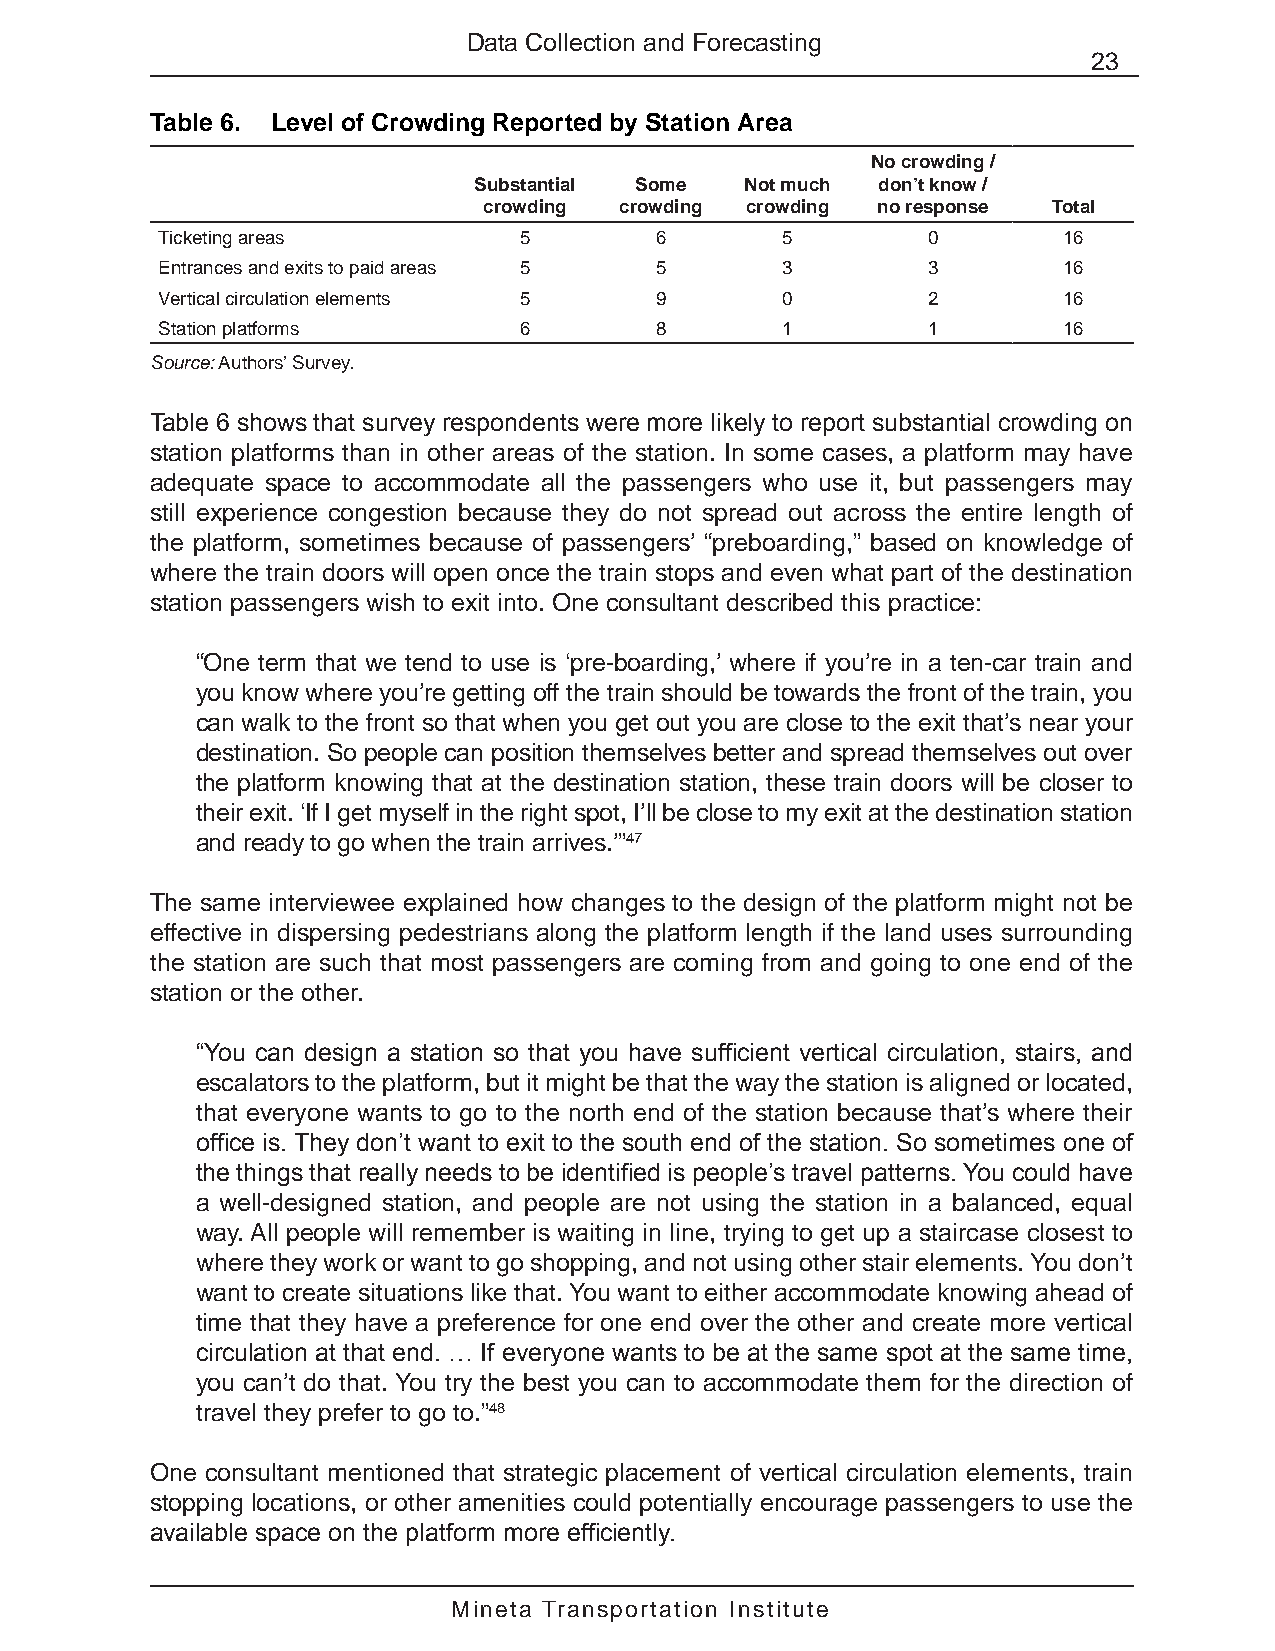
Data Collection and Forecasting
 23
 Table 6. Level of Crowding Reported by Station Area
 No crowding /
 Substantial Some  Not much don’t know /
 crowding crowding crowding no response Total
 Ticketing areas         5        6        5        0        16
 Entrances and exits to paid areas 5 5     3        3        16
 Vertical circulation elements 5  9        0        2        16
 Station platforms       6        8        1        1        16
 Source: Authors’ Survey.
 Table 6 shows that survey respondents were more likely to report substantial crowding on
 station platforms than in other areas of the station. In some cases, a platform may have
 adequate space to accommodate all the passengers who use it, but passengers may
 still experience congestion because they do not spread out across the entire length of
 the platform, sometimes because of passengers’ “preboarding,” based on knowledge of
 where the train doors will open once the train stops and even what part of the destination
 station passengers wish to exit into. One consultant described this practice:
 “One term that we tend to use is ‘pre-boarding,’ where if you’re in a ten-car train and
 you know where you’re getting off the train should be towards the front of the train, you
 can walk to the front so that when you get out you are close to the exit that’s near your
 destination. So people can position themselves better and spread themselves out over
 the platform knowing that at the destination station, these train doors will be closer to
 their exit. ‘If I get myself in the right spot, I’ll be close to my exit at the destination station
 and ready to go when the train arrives.’”47
 The same interviewee explained how changes to the design of the platform might not be
 effective in dispersing pedestrians along the platform length if the land uses surrounding
 the station are such that most passengers are coming from and going to one end of the
 station or the other.
 “You can design a station so that you have sufficient vertical circulation, stairs, and
 escalators to the platform, but it might be that the way the station is aligned or located,
 that everyone wants to go to the north end of the station because that’s where their
 office is. They don’t want to exit to the south end of the station. So sometimes one of
 the things that really needs to be identified is people’s travel patterns. You could have
 a well-designed station, and people are not using the station in a balanced, equal
 way. All people will remember is waiting in line, trying to get up a staircase closest to
 where they work or want to go shopping, and not using other stair elements. You don’t
 want to create situations like that. You want to either accommodate knowing ahead of
 time that they have a preference for one end over the other and create more vertical
 circulation at that end. … If everyone wants to be at the same spot at the same time,
 you can’t do that. You try the best you can to accommodate them for the direction of
 travel they prefer to go to.”48
 One consultant mentioned that strategic placement of vertical circulation elements, train
 stopping locations, or other amenities could potentially encourage passengers to use the
 available space on the platform more efficiently.
 Mineta Transportation Institute